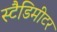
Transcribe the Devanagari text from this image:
स्टैडिमीटर